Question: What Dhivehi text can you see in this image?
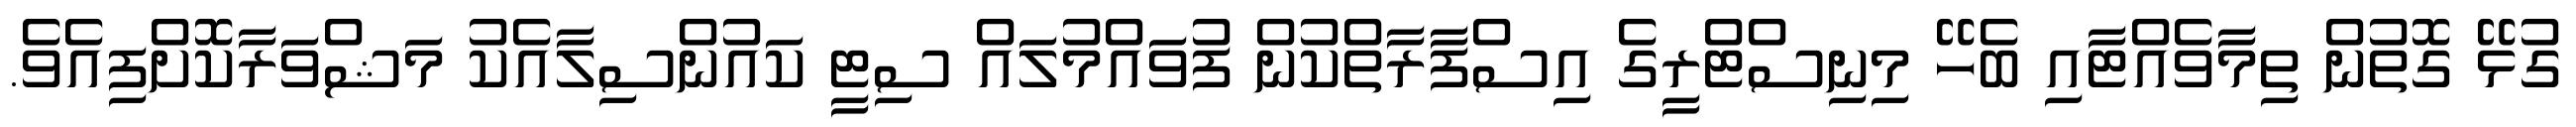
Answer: ގުޅޭ ގޮތުން ތިމާވެއްޓާއި ބެހޭ މިނިސްޓްރީގެ އިސްފާރާތްކުން ފުވައްމުލައް ސިޓީ ކައުންސިލާއެކު މަޝްވަރާކޮށްފިއެވެ.